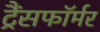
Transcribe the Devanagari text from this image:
ट्रैंसफॉर्मर